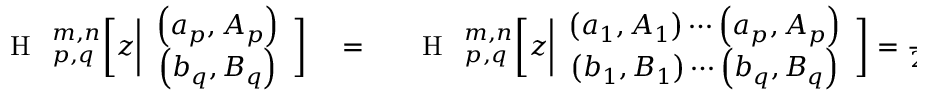
\begin{array} { r l r } { \mathrm { ~ \large ~ { ~ H ~ } ~ } _ { p , q } ^ { m , n } \bigg [ z \bigg | \begin{array} { c } { \left( a _ { p } , A _ { p } \right) } \\ { \left( b _ { q } , B _ { q } \right) } \end{array} \bigg ] } & { { } = } & { \mathrm { ~ \large ~ { ~ H ~ } ~ } _ { p , q } ^ { m , n } \bigg [ z \bigg | \begin{array} { c } { \left( a _ { 1 } , A _ { 1 } \right) \cdots \left( a _ { p } , A _ { p } \right) } \\ { \left( b _ { 1 } , B _ { 1 } \right) \cdots \left( b _ { q } , B _ { q } \right) } \end{array} \bigg ] = \frac { 1 } { 2 \pi i } \int _ { L } d s \chi ( s ) z ^ { s } } \end{array}